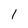
Character: 1